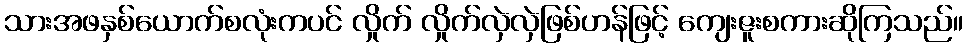
သားအဖနှစ်ယောက်စလုံးကပင် လှိုက် လှိုက်လှဲလှဲဖြစ်ဟန်ဖြင့် ကျေးဇူးစကားဆိုကြသည်။